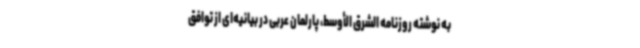
به نوشته روزنامه الشرق الأوسط، پارلمان عربی در بیانیه‌ای از توافق